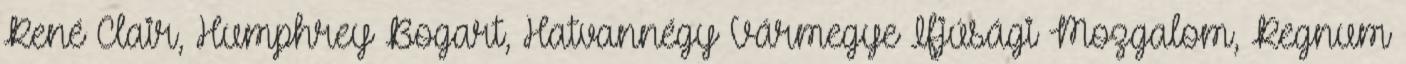
René Clair, Humphrey Bogart, Hatvannégy Vármegye Ifjúsági Mozgalom, Regnum